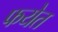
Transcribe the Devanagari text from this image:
फयेत